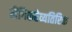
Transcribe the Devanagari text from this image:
लैंगिकतेव्यतिरिक्त